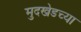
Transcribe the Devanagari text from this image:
मुदखेडच्या